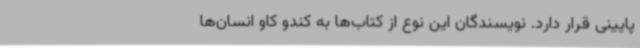
پایینی قرار دارد. نویسندگان این نوع از کتاب‌ها به کندو کاو انسان‌ها